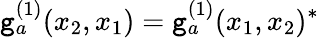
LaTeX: \mathtt{g}_{a}^{(1)}(x_{2},x_{1})=\mathtt{g}_{a}^{(1)}(x_{1},x_{2})^{*}